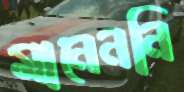
মানেননি